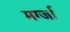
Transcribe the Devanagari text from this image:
मर्ग्जा